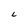
Character: L